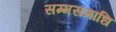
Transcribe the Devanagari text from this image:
सम्मसमाधि